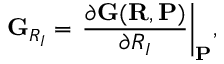
{ \displaystyle { \bf G } _ { R _ { I } } = \left. \frac { \partial { \bf G } ( { \bf R } , { \bf P } ) } { \partial R _ { I } } \right\vert _ { { \bf P } } } ,